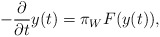
\begin{align*} - \frac{\partial}{\partial t} y (t) = \pi_W F (y(t)), \end{align*}